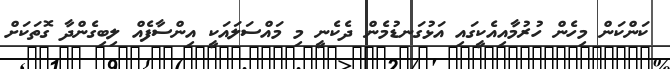
ކަންކަން މިހެން ހުރުމާއިއެކީގައި އަޅުގަނޑުމެން ދެކެނީ މި މައްސަލައަކީ އިންސާފެއް ލިބިގެންދާ ގޮތަކަށް